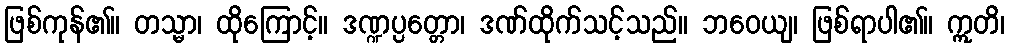
ဖြစ်ကုန်၏။ တသ္မာ၊ ထိုကြောင့်။ ဒဏ္ဍပ္ပတ္တော၊ ဒဏ်ထိုက်သင့်သည်။ ဘဝေယျ၊ ဖြစ်ရာပါ၏။ ဣတိ၊